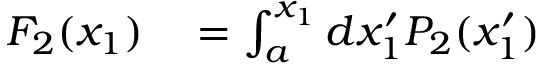
\begin{array} { r l } { F _ { 2 } ( x _ { 1 } ) } & { { } = \int _ { a } ^ { x _ { 1 } } d x _ { 1 } ^ { \prime } P _ { 2 } ( x _ { 1 } ^ { \prime } ) } \end{array}